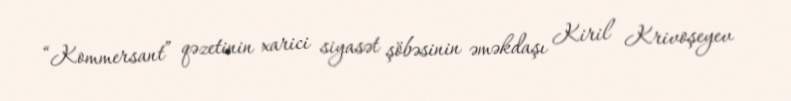
“Kommersant” qəzetinin xarici siyasət şöbəsinin əməkdaşı Kiril Krivoşeyev